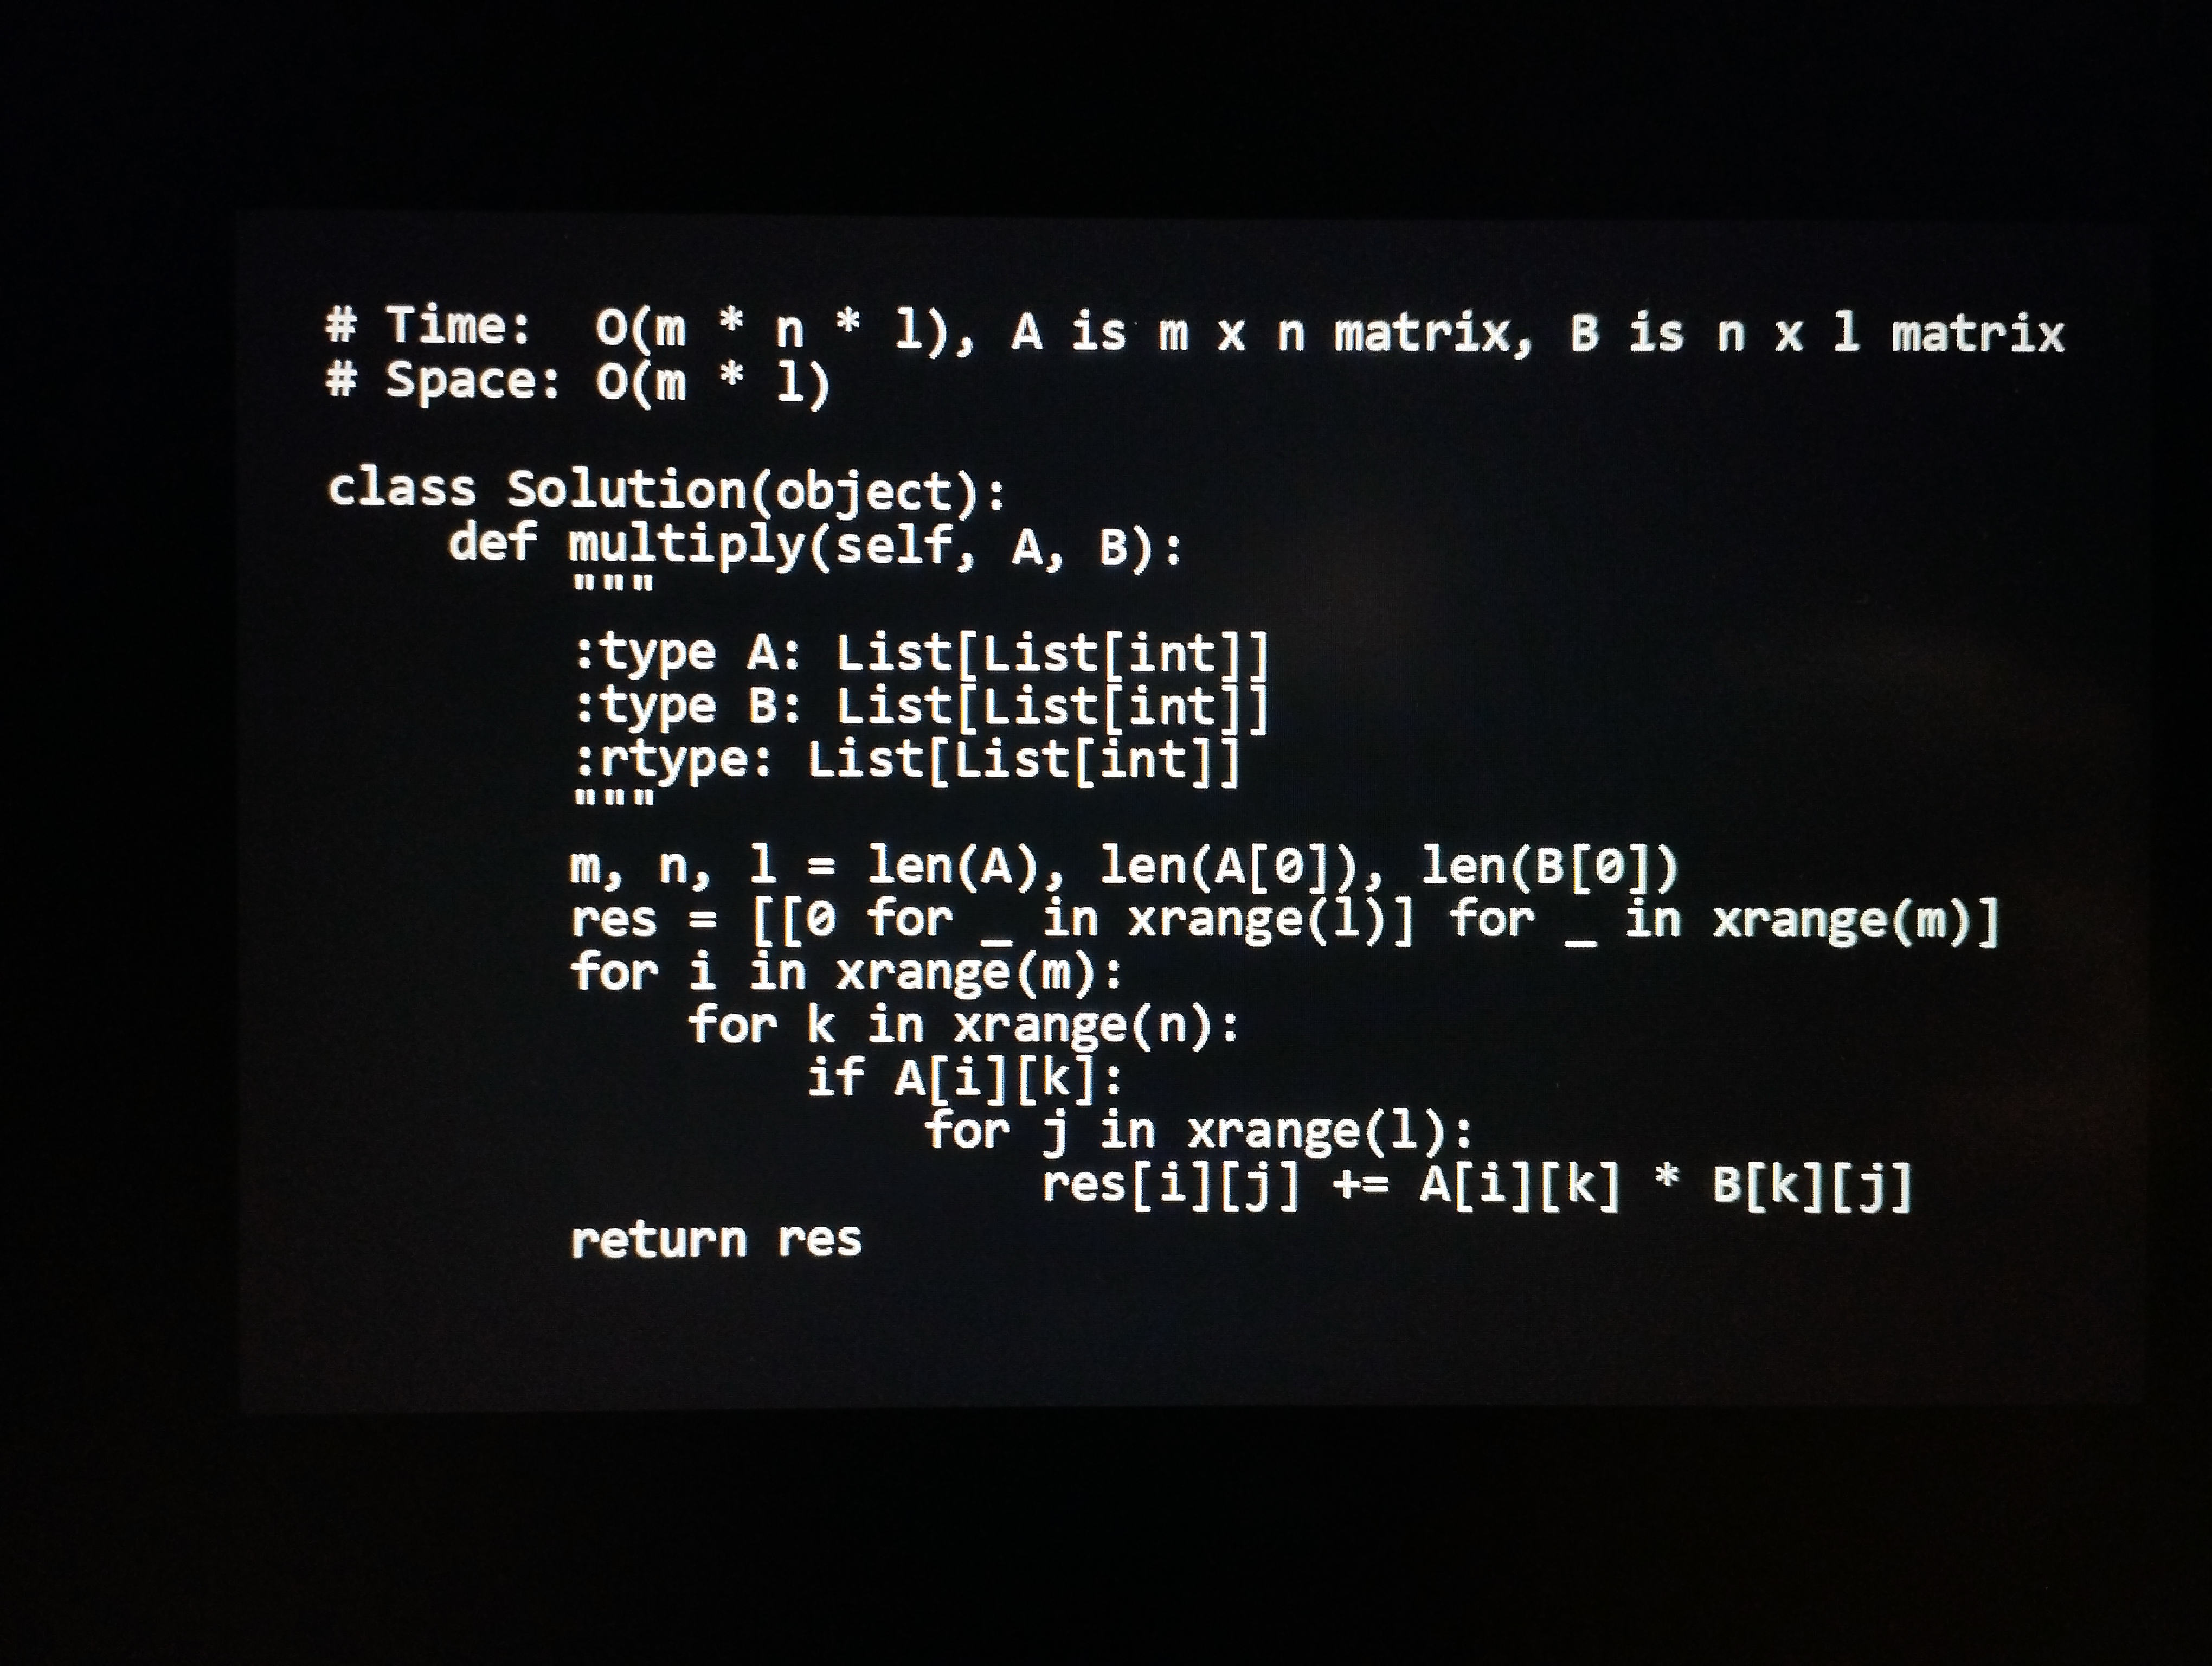
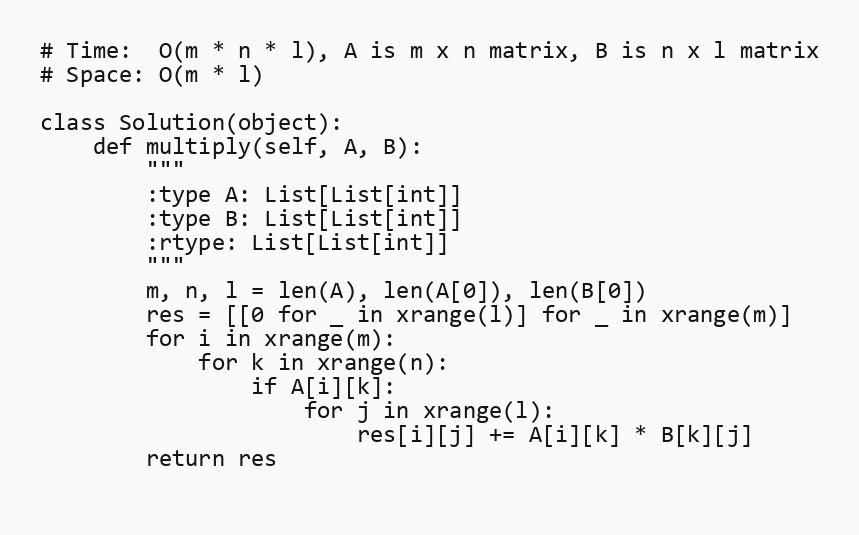
# Time:  O(m * n * l), A is m x n matrix, B is n x l matrix
# Space: O(m * l)

class Solution(object):
    def multiply(self, A, B):
        """
        :type A: List[List[int]]
        :type B: List[List[int]]
        :rtype: List[List[int]]
        """
        m, n, l = len(A), len(A[0]), len(B[0])
        res = [[0 for _ in xrange(l)] for _ in xrange(m)]
        for i in xrange(m):
            for k in xrange(n):
                if A[i][k]:
                    for j in xrange(l):
                        res[i][j] += A[i][k] * B[k][j]
        return res